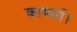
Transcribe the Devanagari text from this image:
कायसाँ।